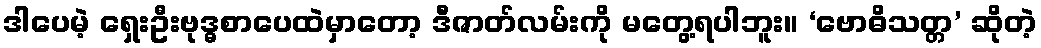
ဒါပေမဲ့ ရှေးဦးဗုဒ္ဓစာပေထဲမှာတော့ ဒီဇာတ်လမ်းကို မတွေ့ရပါဘူး။ ‘ဗောဓိသတ္တ’ ဆိုတဲ့